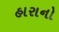
હારાનો